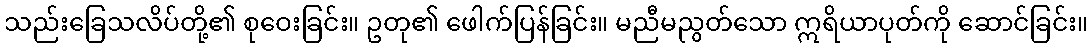
သည်းခြေသလိပ်တို့၏ စုဝေးခြင်း။ ဥတု၏ ဖေါက်ပြန်ခြင်း။ မညီမညွတ်သော ဣရိယာပုတ်ကို ဆောင်ခြင်း။